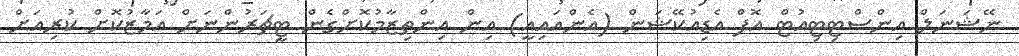
ނޭޝަނަލް އިންސްޓިޓިއުޓް އޮފް އެޑިއުކޭޝަން (އެންއައިއީ) އިން އިންތިޒާމުކޮށްގެން ޓީޗަރުންނަށް އަމާޒުކޮށް ކުރިއަށް